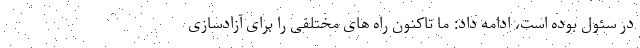
در سئول بوده است، ادامه داد: ما تاکنون راه های مختلفی را برای آزادسازی